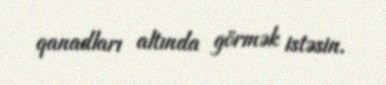
qanadları altında görmək istəsin.